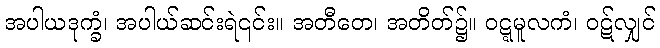
အပါယဒုက္ခံ၊ အပါယ်ဆင်းရဲ၎င်း။ အတီတေ၊ အတိတ်၌။ ဝဋ္ဋမူလကံ၊ ဝဋ်လျှင်